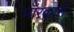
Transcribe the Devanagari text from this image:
पॉरकारो